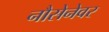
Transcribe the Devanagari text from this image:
नौसेनेवर